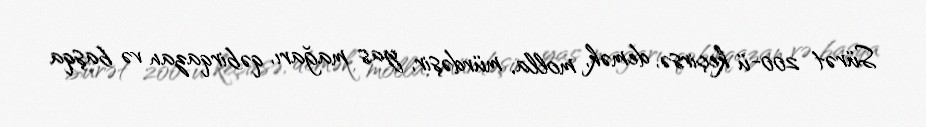
Sürət 200-ü keçirsə, demək, molla, mürdəşir, yas mağarı, qəbirqazan və başqa